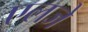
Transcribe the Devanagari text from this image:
एलजे